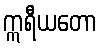
ဣရီယတော